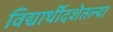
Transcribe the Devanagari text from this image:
विद्यार्थीदशेतल्या